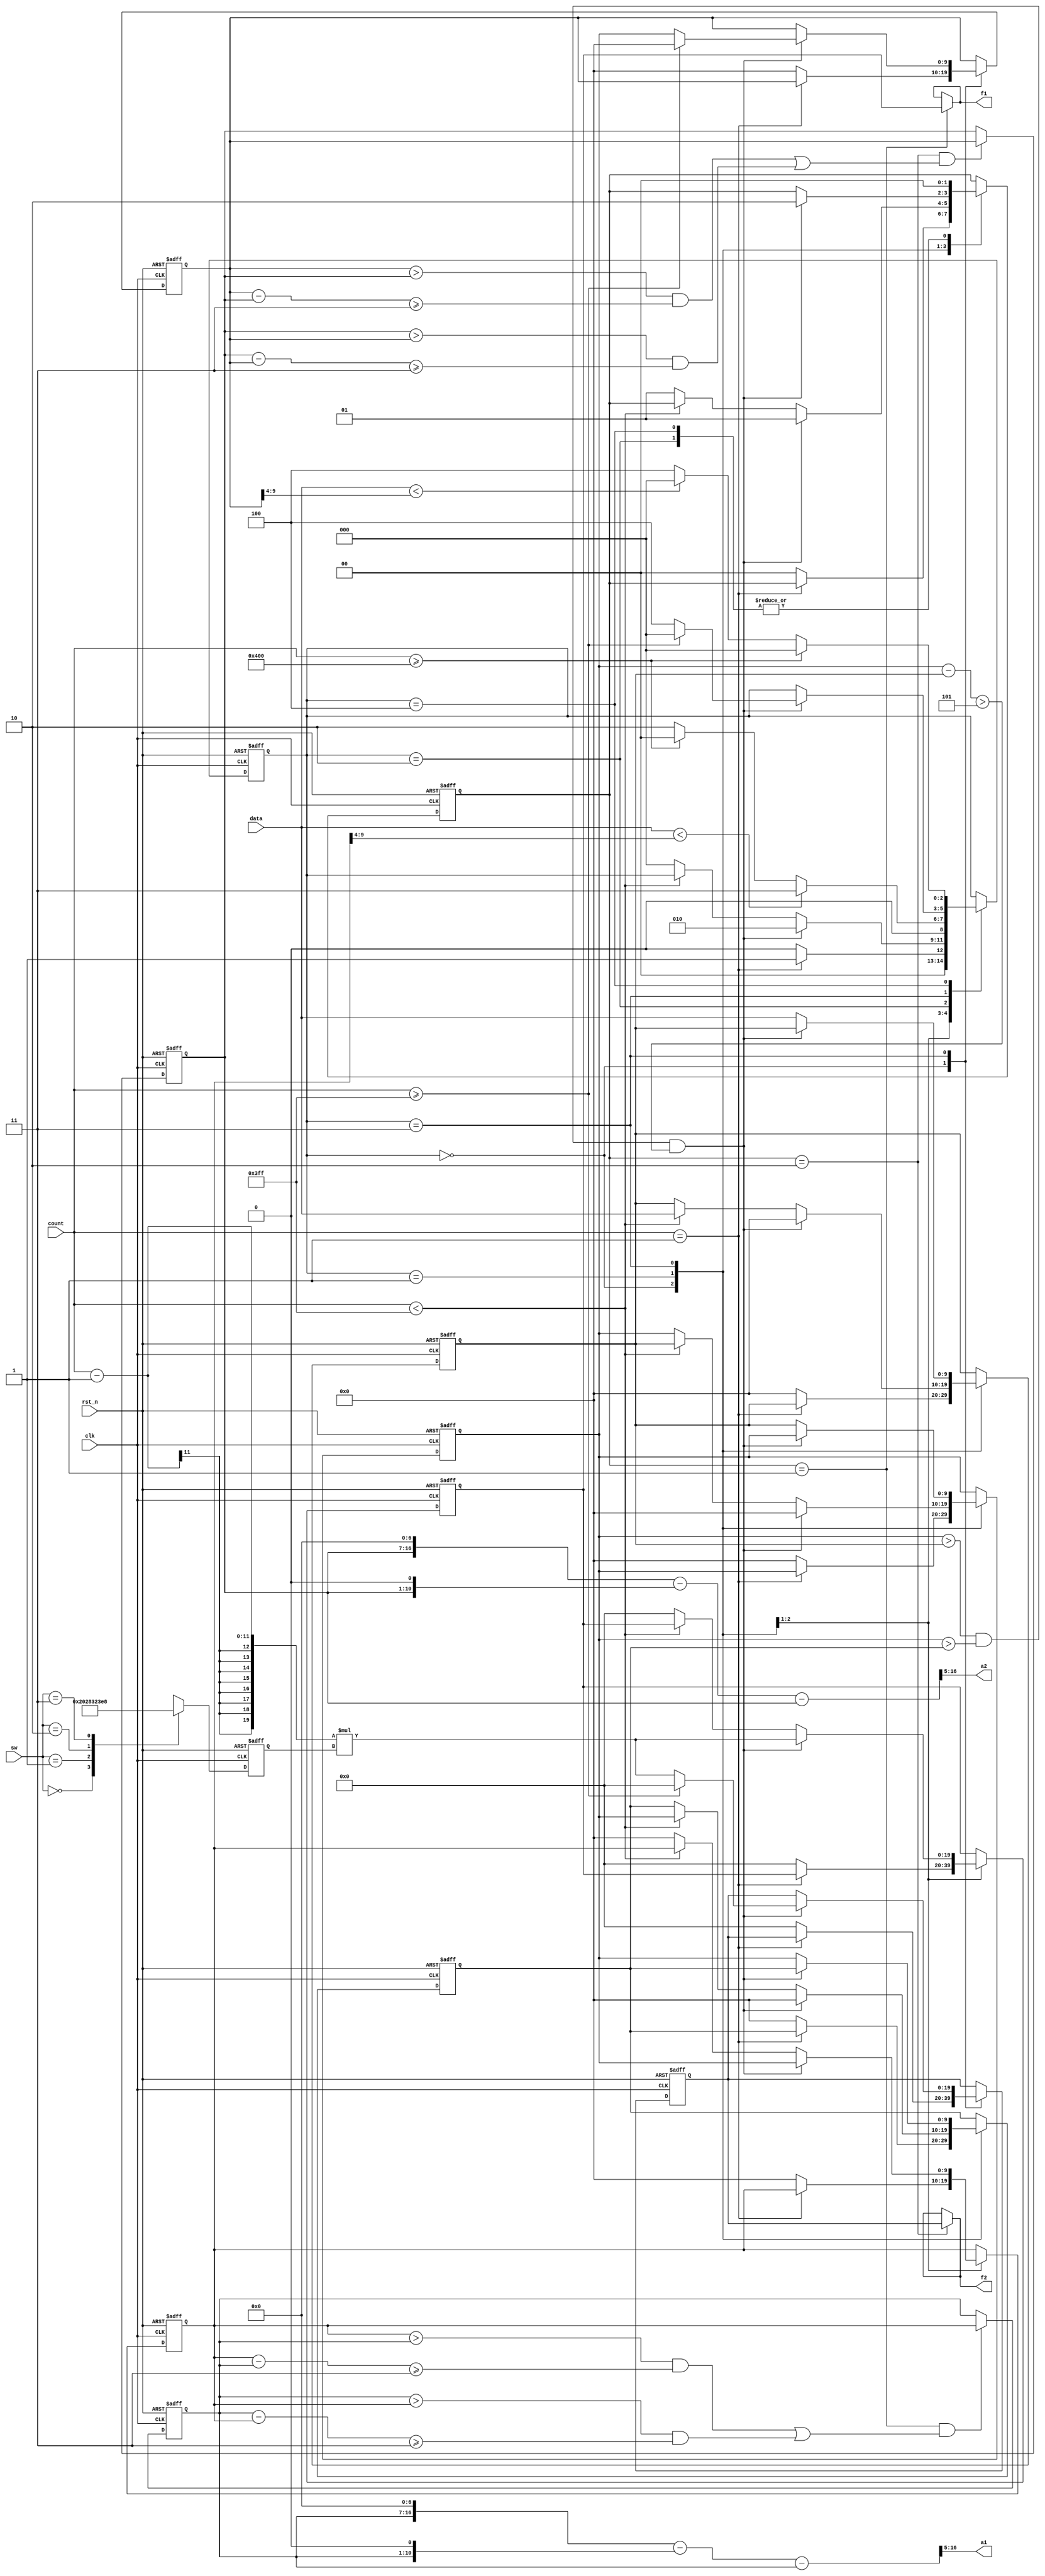
module cepin(
			//system
			input 					clk		,// 系统时钟  
			input 					rst_n		,// 复位
			//other
			input 	 [1:0]		sw			,// 开关
			//ram signal 
			input  	[9:0]			data		,// ram的数据 
			input  	[10:0]		count		,// ram的写地址
			//vga signal 
			output 	[11:0]		a1			,// 幅值1 
			output 	[11:0]		a2			,// 幅值2
			output 	[19:0]		f1			,// 频率1
			output 	[19:0]		f2			 // 频率2
);


reg  [10:0] fp;//频率分辨率
always @(posedge clk or negedge rst_n)
begin 
	if(!rst_n)
		fp <= 1'b1;
	else 
		case(sw)
			2'b00: fp <= 1'b1;
			2'b01: fp <= 4'd10;
			2'b10: fp <= 7'd100;
			2'b11: fp <= 11'd1000;
		endcase
end 

reg 	[2:0]  	status;
reg 	[9:0]  	temp1, temp2, temp3;//寄存器
reg 	[9:0]  	an1,an2;

reg [1:0] flag;
//寻找峰值(两次)
reg [19:0] rf1,rf2;
always @(posedge clk or negedge rst_n)
begin 
	if(!rst_n) begin 
		temp1 <= 1'b0;
		temp2 <= 1'b0;
		temp3 <= 1'b0;
		status <= 1'b0;
		flag <= 1'b0;
	   an1 <= 1'b0;
		an2 <= 1'b0;	
		rf1 <= 1'b0;
		rf2 <= 1'b0;
		end 
	else
		case(status)
		3'd0: if(count == 1'b1)
					status <= 3'd1;
				else begin 
					status <= 3'd0;
					temp1  <= 1'b0;
					temp2  <= 1'b0;
					temp3  <= 1'b0;
					flag <= 1'b0;
					an1 <= 1'b0;
					an2 <= 1'b0;	
					rf1 <= 1'b0;
					rf2 <= 1'b0;
				end 
					
		3'd1: if(temp2 > temp1 && temp2 > temp3 && temp2 - temp1 > 3'd5)begin 
						rf1     <= (count - 1'b1)*fp;
						flag   <= 1'b1;
						an1    <= temp2;
						status <= 3'd2;
						temp1  <= 1'b0;
				   	temp2  <= 1'b0;
					   temp3  <= 1'b0;
					end 
				else if(count < 10'd1023)begin 
					temp1 <= data;
					temp2 <= temp1;
					temp3 <= temp2; end 
				else begin 
				 	rf1 <= 1'b0;
					an1 <= 1'b0;
					status <= 3'd0; 
					flag   <= 1'b1;		end 
					
		3'd2: if(data < an1>>3'd4) begin 
					flag   <= 1'b0;
					status <= 3'd3; end 
				else if(count >= 11'd1024) begin 
					flag <= 1'b0;
					status <= 3'd0; end 
				else begin 
					status <= 3'd2;
					flag <= 1'b0; end 
					
		3'd3:if(temp2 > temp1 && temp2 > temp3 && temp2 - temp1 > 3'd5) begin 
						if(count >= 11'd1023) begin 
							rf2 <= 1'b0;
							flag <= 2'b10;
							an2 <= 1'b0;
							status <= 3'd0;
							end 
						else begin 
							rf2     <= (count - 1'b1)*fp;
							flag <= 2'b10;
							status <= 3'd4;
							an2    <= temp2;
							end 
						end 
						else begin 
							temp1 <= data;
							temp2 <= temp1;
							temp3 <= temp2; end 
		3'd4: if(count>= 11'd1024)begin 
					flag <= 1'b0;
					status <= 3'd0; end 
				else if(data <  an2>>3'd4) begin 
					flag <= 1'b0;
					status <= 3'd0; end 
				else begin 
					status <= 3'd4;
					flag <= 1'b0; end 
		endcase 
end

assign f1 = (flag == 1'b1) ?  rf1 : f1;
assign f2 = (flag == 2'b10) ? rf2 : f2;
//稳定幅值

wire is1  = (an1 > ra1 && an1 - ra1 >= 4'd3) || (ra1 > an1 && ra1 - an1 >=  4'd3);
 
wire is2  = (an2 > ra2 && an2 - ra2 >= 4'd3) || (ra2 > an2 && ra2 - an2 >=  4'd3);
 
reg [9:0] ra1,ra2;

always @(posedge clk or negedge rst_n)
begin 
	if(!rst_n)
		ra1 <= 1'b0;
	else if(flag == 1'b1 && is1)
		ra1 <= an1;
end 


always @(posedge clk or negedge rst_n)
begin 
	if(!rst_n)
		ra2 <= 1'b0;
	else if(flag == 2'd2 && is2)
		ra2 <= an2;
end 

 
wire [16:0] ta1 =  {ra1,7'b0} - {ra1,1'b0} - ra1;
wire [16:0] ta2 =  {ra2,7'b0} - {ra2,1'b0} - ra2;
assign a1 = ta1[16:5];
assign a2 = ta2[16:5];
endmodule